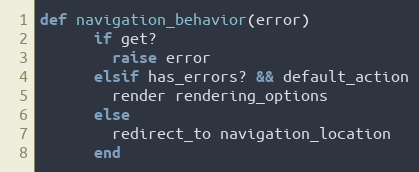
Language: Ruby
def navigation_behavior(error)
      if get?
        raise error
      elsif has_errors? && default_action
        render rendering_options
      else
        redirect_to navigation_location
      end